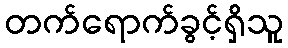
တက်ရောက်ခွင့်ရှိသူ